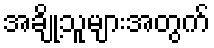
အချို့သူများအတွက်